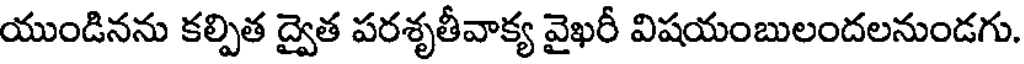
యుండినను కల్పిత ద్వైత పరశృతీవాక్య వైఖరీ విషయంబులందలనుండగు.